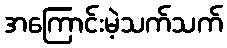
အကြောင်းမဲ့သက်သက်